Indian Civil Veterinary Department memoirs
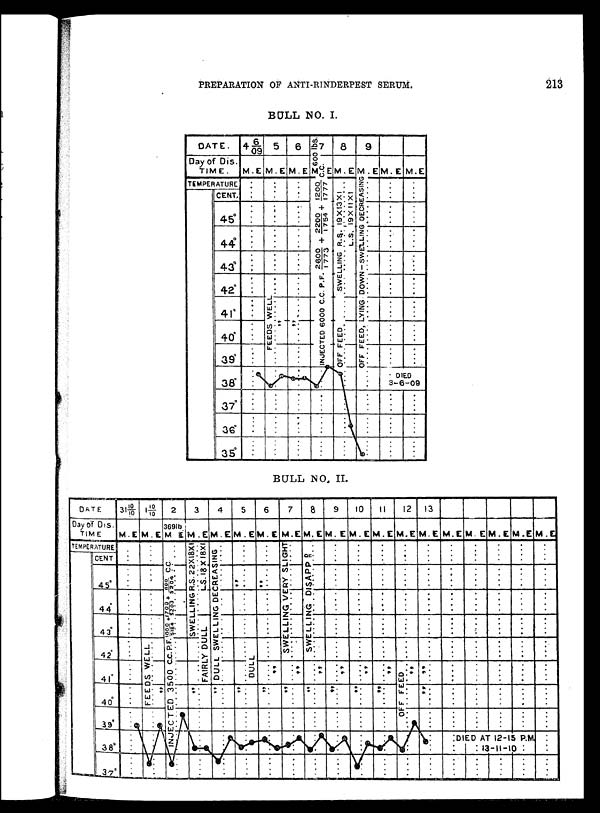
PREPARATION OF ANTI-RINDERPEST SERUM.
213
BULL NO. I.
BULL NO. II.